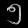
Digit: ၅